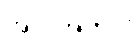
အလိုအတိုင်း